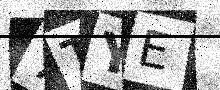
Text: 7TYE